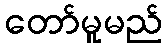
တော်မူမည်